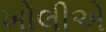
ખોલીએ